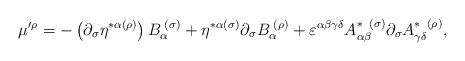
LaTeX: \begin{align*}\mu ^{\prime \rho }=-\left( \partial _{\sigma }\eta ^{*\alpha (\rho)}\right) B_{\alpha }^{\;(\sigma )}+\eta ^{*\alpha (\sigma )}\partial_{\sigma }B_{\alpha }^{\;(\rho )}+\varepsilon ^{\alpha \beta \gamma \delta}A_{\alpha \beta }^{*\;\;(\sigma )}\partial _{\sigma }A_{\gamma \delta}^{*\;\;(\rho )}, \end{align*}